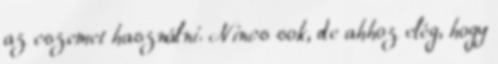
az eszemet használni. Nincs sok, de ahhoz elég, hogy